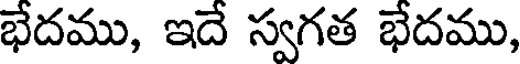
భేదము, ఇదే స్వగత భేదము,